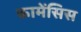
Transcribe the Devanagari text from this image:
कामेंसिस